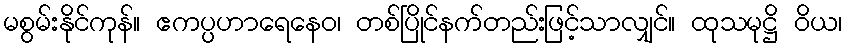
မစွမ်းနိုင်ကုန်။ ဧကပ္ပဟာရေနေဝ၊ တစ်ပြိုင်နက်တည်းဖြင့်သာလျှင်။ ထုသမုဋ္ဌိ ဝိယ၊